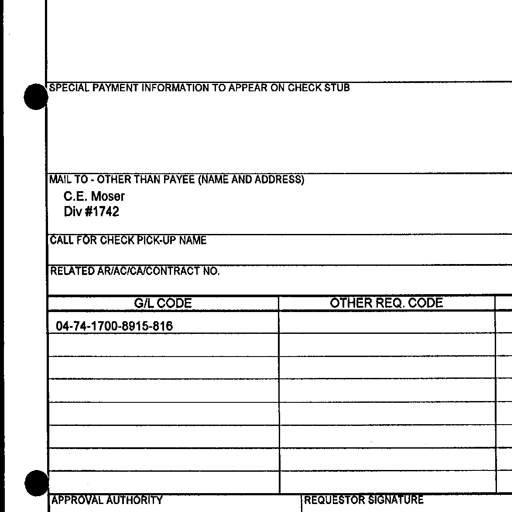
Transcript:
SPECIAL PAYMENT INFORMATION TO APPEAR ON CHECK STUB
MAIL TO - OTHER THAN PAYEE (NAME AND ADDRESS)
C.E. Moser
Div #1742
CALL FOR CHECK PICK-UP NAME
RELATED AR/AC/CA/CONTRACT NO.
G/L CODE OTHER REQ. CODE
04-74-1700-8915-816
APPROVAL AUTHORITY REQUESTOR SIGNATURE